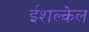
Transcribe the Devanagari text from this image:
ईशल्केल